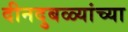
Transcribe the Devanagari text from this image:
दीनदुबळ्यांच्या